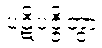
ပဋိပဇ္ဇိတွာ